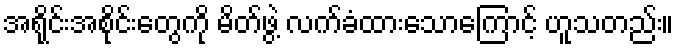
အရိုင်းအစိုင်းတွေကို မိတ်ဖွဲ့ လက်ခံထားသောကြောင့် ဟူသတည်း။